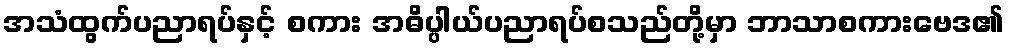
အသံထွက်ပညာရပ်နှင့် စကား အဓိပ္ပါယ်ပညာရပ်စသည်တို့မှာ ဘာသာစကားဗေဒ၏